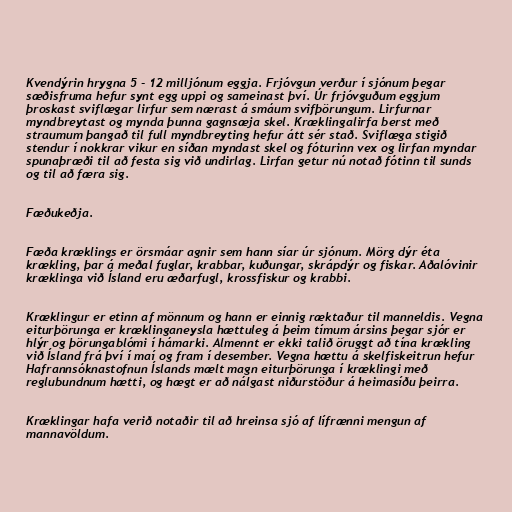
Kvendýrin hrygna 5 - 12 milljónum eggja. Frjóvgun verður í sjónum þegar
sæðisfruma hefur synt egg uppi og sameinast því. Úr frjóvguðum eggjum
þroskast sviflægar lirfur sem nærast á smáum svifþörungum. Lirfurnar
myndbreytast og mynda þunna gagnsæja skel. Kræklingalirfa berst með
straumum þangað til full myndbreyting hefur átt sér stað. Sviflæga stigið
stendur í nokkrar vikur en síðan myndast skel og fóturinn vex og lirfan myndar
spunaþræði til að festa sig við undirlag. Lirfan getur nú notað fótinn til sunds
og til að færa sig.

Fæðukeðja.

Fæða kræklings er örsmáar agnir sem hann síar úr sjónum. Mörg dýr éta
krækling, þar á meðal fuglar, krabbar, kuðungar, skrápdýr og fiskar. Aðalóvinir
kræklinga við Ísland eru æðarfugl, krossfiskur og krabbi.

Kræklingur er etinn af mönnum og hann er einnig ræktaður til manneldis. Vegna
eiturþörunga er kræklinganeysla hættuleg á þeim tímum ársins þegar sjór er
hlýr og þörungablómi í hámarki. Almennt er ekki talið öruggt að tína krækling
við Ísland frá því í maí og fram í desember. Vegna hættu á skelfiskeitrun hefur
Hafrannsóknastofnun Íslands mælt magn eiturþörunga í kræklingi með
reglubundnum hætti, og hægt er að nálgast niðurstöður á heimasíðu þeirra.

Kræklingar hafa verið notaðir til að hreinsa sjó af lífrænni mengun af
mannavöldum.